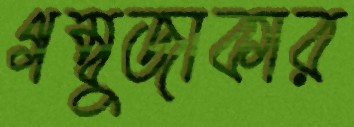
গম্বুজাকার